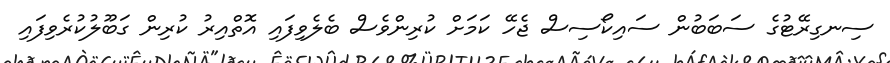
ސިނގިރޭޓުގެ ސަބަބުން ސައިކޯސިސް ޖެހޭ ކަމަށް ކުރިންވެސް ބެލެވިފައި އޮތްއިރު ކުރިން ގަބޫލުކުރެވިފައި